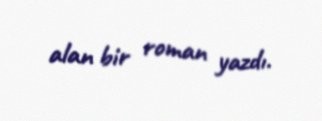
alan bir roman yazdı.